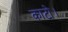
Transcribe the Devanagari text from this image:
काटो।